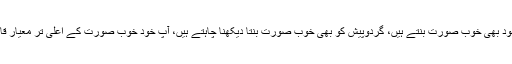
آپ خوب صورت خواب دیکھتے ہیں، آپ خوب صورت چیزیں بناتے ہیں، آپ خود بھی خوب صورت بنتے ہیں، گردوپیش کو بھی خوب صورت بنتا دیکھنا چاہتے ہیں، آپ خود خوب صورت کے اعلیٰ تر معیار قایم کرتے چلے جاتے ہیں، اوروں کو بھی خوب صورت ہوتے دیکھنا چاہتے ہیں۔